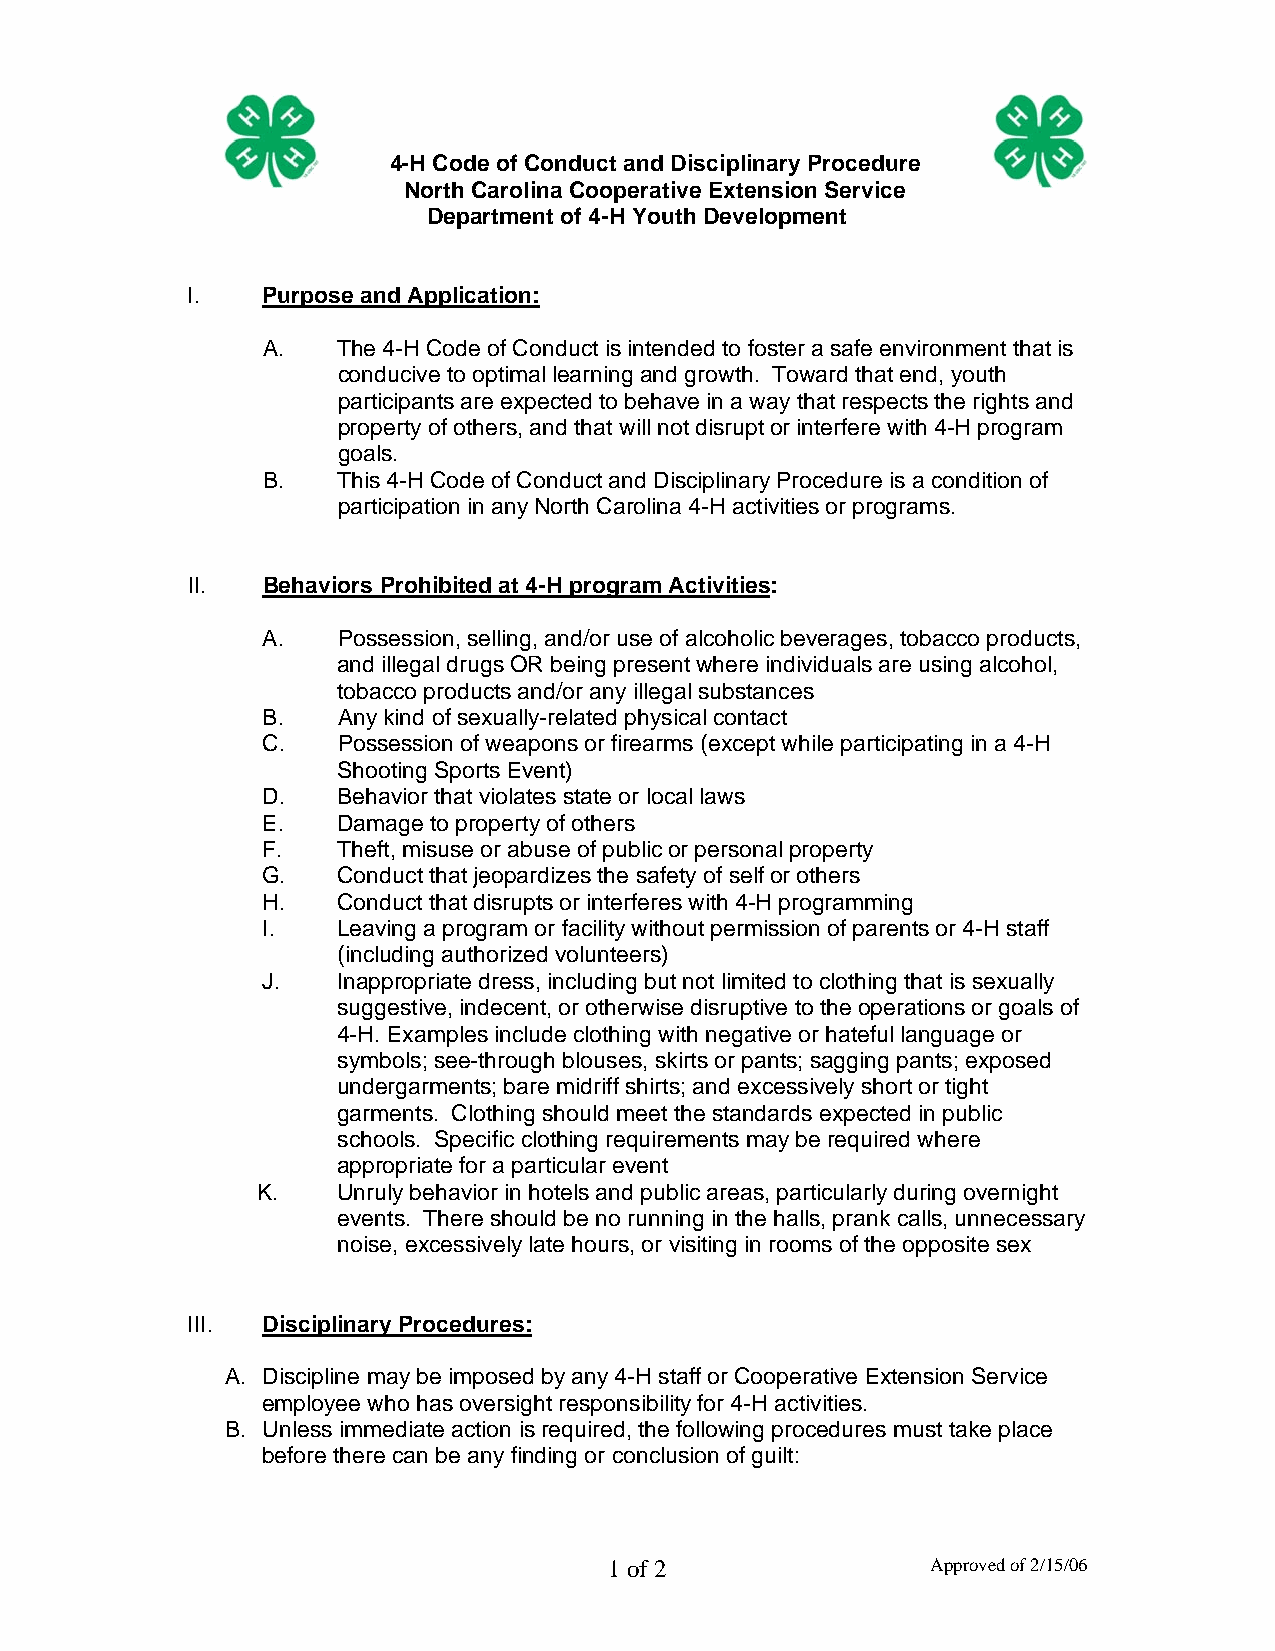
4-H Code of Conduct and Disciplinary Procedure
 North Carolina Cooperative Extension Service
 Department of 4-H Youth Development
 I.   Purpose and Application:
 A.   The 4-H Code of Conduct is intended to foster a safe environment that is
 conducive to optimal learning and growth. Toward that end, youth
 participants are expected to behave in a way that respects the rights and
 property of others, and that will not disrupt or interfere with 4-H program
 goals.
 B.   This 4-H Code of Conduct and Disciplinary Procedure is a condition of
 participation in any North Carolina 4-H activities or programs.
 II.  Behaviors Prohibited at 4-H program Activities:
 A.   Possession, selling, and/or use of alcoholic beverages, tobacco products,
 and illegal drugs OR being present where individuals are using alcohol,
 tobacco products and/or any illegal substances
 B.   Any kind of sexually-related physical contact
 C.   Possession of weapons or firearms (except while participating in a 4-H
 Shooting Sports Event)
 D.   Behavior that violates state or local laws
 E.   Damage to property of others
 F.   Theft, misuse or abuse of public or personal property
 G.   Conduct that jeopardizes the safety of self or others
 H.   Conduct that disrupts or interferes with 4-H programming
 I.   Leaving a program or facility without permission of parents or 4-H staff
 (including authorized volunteers)
 J.   Inappropriate dress, including but not limited to clothing that is sexually
 suggestive, indecent, or otherwise disruptive to the operations or goals of
 4-H. Examples include clothing with negative or hateful language or
 symbols; see-through blouses, skirts or pants; sagging pants; exposed
 undergarments; bare midriff shirts; and excessively short or tight
 garments. Clothing should meet the standards expected in public
 schools. Specific clothing requirements may be required where
 appropriate for a particular event
 K.   Unruly behavior in hotels and public areas, particularly during overnight
 events. There should be no running in the halls, prank calls, unnecessary
 noise, excessively late hours, or visiting in rooms of the opposite sex
 III. Disciplinary Procedures:
 A. Discipline may be imposed by any 4-H staff or Cooperative Extension Service
 employee who has oversight responsibility for 4-H activities.
 B. Unless immediate action is required, the following procedures must take place
 before there can be any finding or conclusion of guilt:
 1 of 2                Approved of 2/15/06